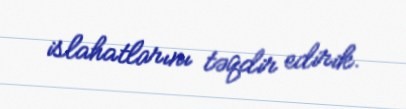
islahatlarını təqdir edirik.